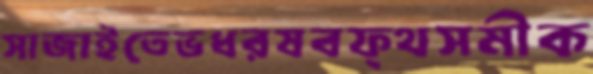
সাজাইতেভধরষবফ্থসমীক